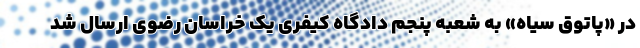
در «پاتوق سیاه» به شعبه پنجم دادگاه کیفری یک خراسان رضوی ارسال شد